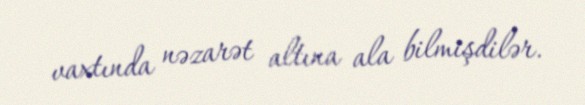
vaxtında nəzarət altına ala bilmişdilər.